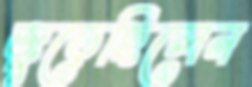
জুড়েছিলেন